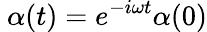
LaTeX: ~\alpha(t)=e^{-i\omega t}\alpha(0)